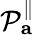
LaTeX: \mathcal{P}_{\mathbf{a}}^{\parallel}